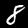
Label: 8